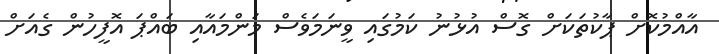
އާއްމުކޮށް ޕާކުތަކަށް ގޮސް އުޅުނު ކަމުގައި ވީނަމަވެސް މަންމައާއި ބައްޕަ އޮފީހުން ގެއަށް